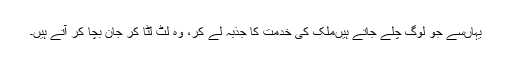
یہاں‌سے جو لوگ چلے جاتے ہیں‌ملک کی خدمت کا جذبہ لے کر، وہ لٹ لٹا کر جان بچا کر آتے ہیں۔